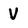
Character: V